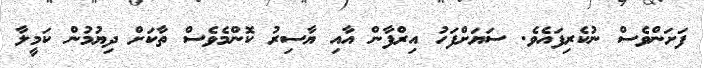
ފަށަންވެސް ނުކެރިފައެވެ. ސަޔަށްފަހު އިރްފާން އާއި ޔާސިރު ކޮންމެވެސް ތާކަށް ދިޔުމުން ކަމީލާ